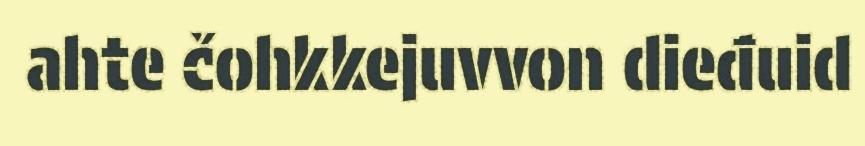
ahte čohkkejuvvon dieđuid